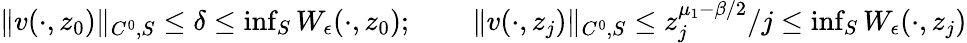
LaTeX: \begin{array}{rlr}{\| v(\cdot,z_{0})\| _{C^{0},S}\leq\delta\leq\operatorname*{inf}_{S}W_{\epsilon}(\cdot,z_{0});}&{\ }&{\| v(\cdot,z_{j})\| _{C^{0},S}\leq z_{j}^{\mu_{1}-\beta/2}/j\leq\operatorname*{inf}_{S}W_{\epsilon}(\cdot,z_{j})}\end{array}